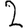
Digit: 2